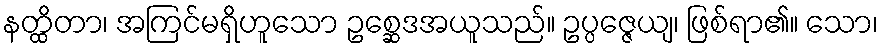
နတ္ထိတာ၊ အကြင်မရှိဟူသော ဥစ္ဆေဒအယူသည်။ ဥပ္ပဇ္ဇေယျ၊ ဖြစ်ရာ၏။ သော၊